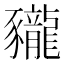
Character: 𧲖